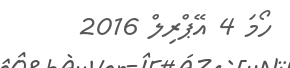
ހޯމަ 4 އޭޕްރިލް 2016